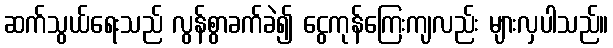
ဆက်သွယ်ရေးသည် လွန်စွာခက်ခဲ၍ ငွေကုန်ကြေးကျလည်း များလှပါသည်။